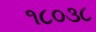
૧૮૦૩૮